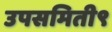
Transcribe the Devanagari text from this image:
उपसमिती९